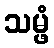
သမ္ဖံ